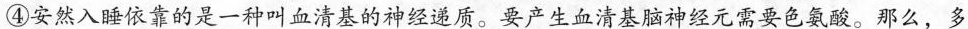
④安然入睡依靠的是一种叫血清基的神经递质。要产生血清基脑神经元需要色氨酸。那么，多